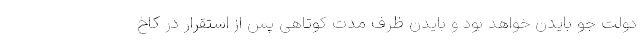
دولت جو بایدن خواهد بود و بایدن ظرف مدت کوتاهی پس از استقرار در کاخ